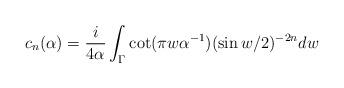
LaTeX: \begin{align*}c_n(\alpha)={i \over 4\alpha}\int_{\Gamma}\cot(\pi w\alpha^{-1})(\sin w/2)^{-2n} dw\end{align*}